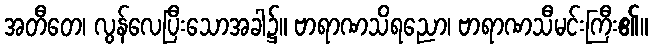
အတီတေ၊ လွန်လေပြီးသောအခါ၌။ ဗာရာဏသိရညော၊ ဗာရာဏသီမင်းကြီး၏။